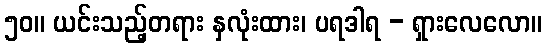
၅၀။ ယင်းသည့်တရား နှလုံးထား၊ ပရဒါရ - ရှားလေလော။